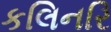
કલિનરિ